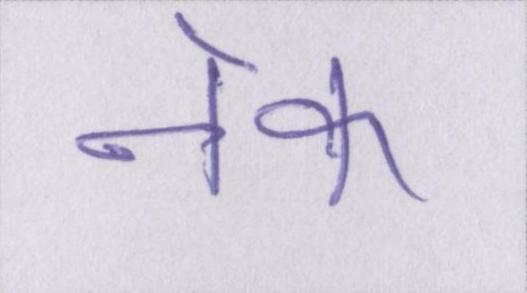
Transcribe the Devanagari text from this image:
नेक